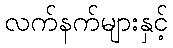
လက်နက်များနှင့်